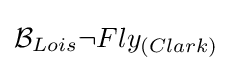
{\mathcal {B}}_{Lois}\neg Fly_{(Clark)}